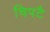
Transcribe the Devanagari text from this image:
चिपटै